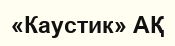
«Каустик» АҚ